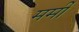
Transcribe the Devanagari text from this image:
मर्मी